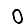
Digit: 0